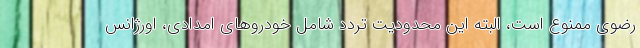
رضوی ممنوع است، البته این محدودیت تردد شامل خودروهای امدادی، اورژانس